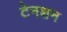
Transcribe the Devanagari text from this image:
टेनशन